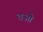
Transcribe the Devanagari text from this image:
चओ